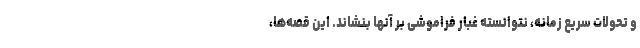
و تحولات سریع زمانه، نتوانسته غبار فراموشی بر آنها بنشاند. این قصه‌ها،